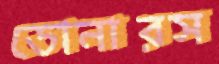
ডোনারস